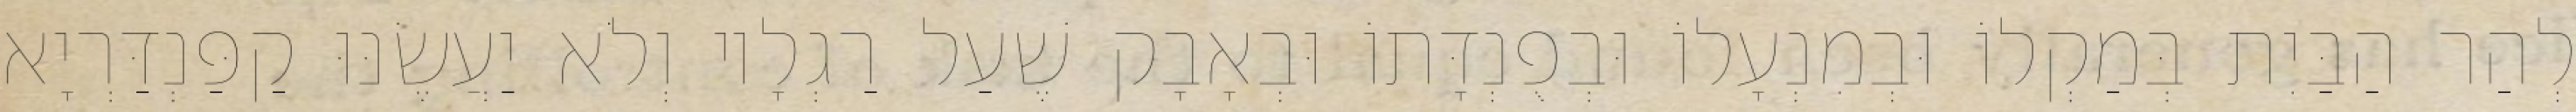
לְהַר הַבַּיִת בְּמַקְלוֹ וּבְמִנְעָלוֹ וּבְפֻנְדָּתוֹ וּבְאָבָק שֶׁעַל רַגְלָיו וְלֹא יַעֲשֶׂנּוּ קַפַּנְדַּרְיָא